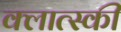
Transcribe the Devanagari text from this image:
क्लात्स्की